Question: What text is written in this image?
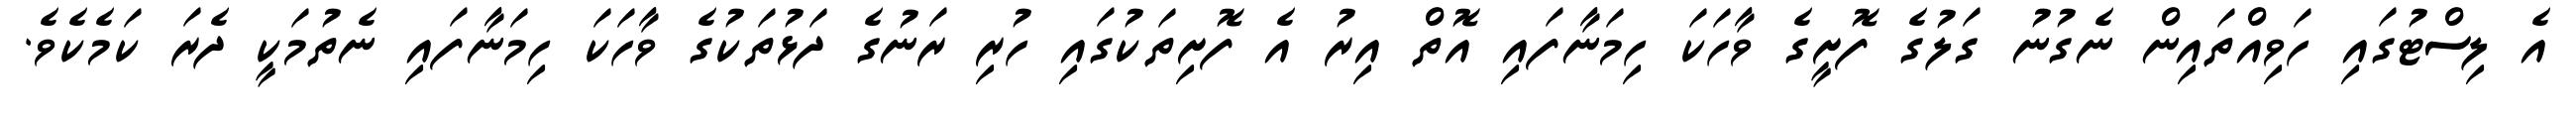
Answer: އެ ލިސްޓުގައި ހަވިއްތައިން ނެގުނު ގަލުގެ ފޮށީގެ ވާހަކަ ހިމަނާފައި އޮތް އިރު އެ ފޮށިތަކުގައި ހުރި ރަނުގެ ދަޅުތަކުގެ ވާހަކަ ހިމަނާފައި ނެތުމަކީ ދެރަ ކަމެކެވެ.